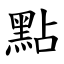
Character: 點